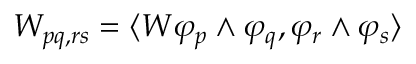
W _ { p q , r s } = \langle W \varphi _ { p } \wedge \varphi _ { q } , \varphi _ { r } \wedge \varphi _ { s } \rangle